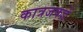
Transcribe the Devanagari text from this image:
कात्रजकडे